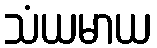
သံယမာယ